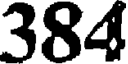
384